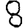
Digit: 8